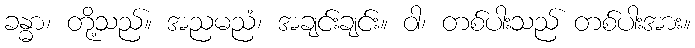
ခန္ဓာ၊ တို့သည်။ အညမညံ၊ အချင်းချင်း။ ဝါ၊ တစ်ပါးသည် တစ်ပါးအား။